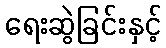
ရေးဆွဲခြင်းနှင့်